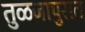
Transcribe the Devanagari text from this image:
तुळजापुरात